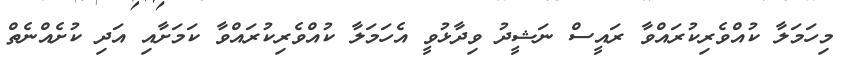
މިހަމަލާ ކުއްވެރިކުރައްވާ ރައީސް ނަޝީދު ވިދާޅުވީ އެހަމަލާ ކުއްވެރިކުރައްވާ ކަމަށާއި އަދި ކުށެއްނެތް